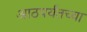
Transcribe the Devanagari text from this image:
आठपर्यंतच्या